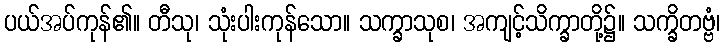
ပယ်အပ်ကုန်၏။ တီသု၊ သုံးပါးကုန်သော။ သက္ခာသုစ၊ အကျင့်သိက္ခာတို့၌။ သက္ခိတဗ္ဗံ၊